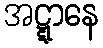
အဋ္ဋာနေ